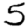
Digit: 5